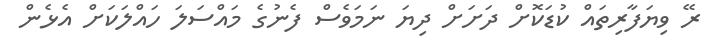
ރޭ ވިޔަފާރިތައް ކުޑަކޮށް ދަށަށް ދިޔަ ނަމަވެސް ފެނުގެ މައްސަލަ ހައްލަކަށް އެޅެން